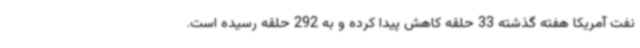
نفت آمریکا هفته گذشته 33 حلقه کاهش پیدا کرده و به 292 حلقه رسیده است.